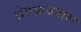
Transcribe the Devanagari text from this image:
क्षेत्रव्यवहारः